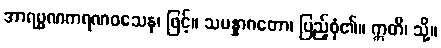
အာရမ္မဏကရဏဝသေန၊ ဖြင့်။ သမန္နာဂတော၊ ပြည့်စုံ၏။ ဣတိ၊ သို့။